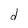
Character: d